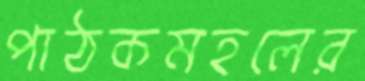
পাঠকমহলের